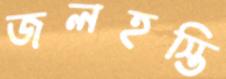
জলহস্তি